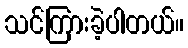
သင်ကြားခဲ့ပါတယ်။